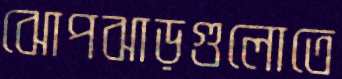
ঝোপঝাড়গুলোতে